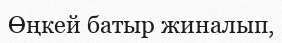
Өңкей батыр жиналып,